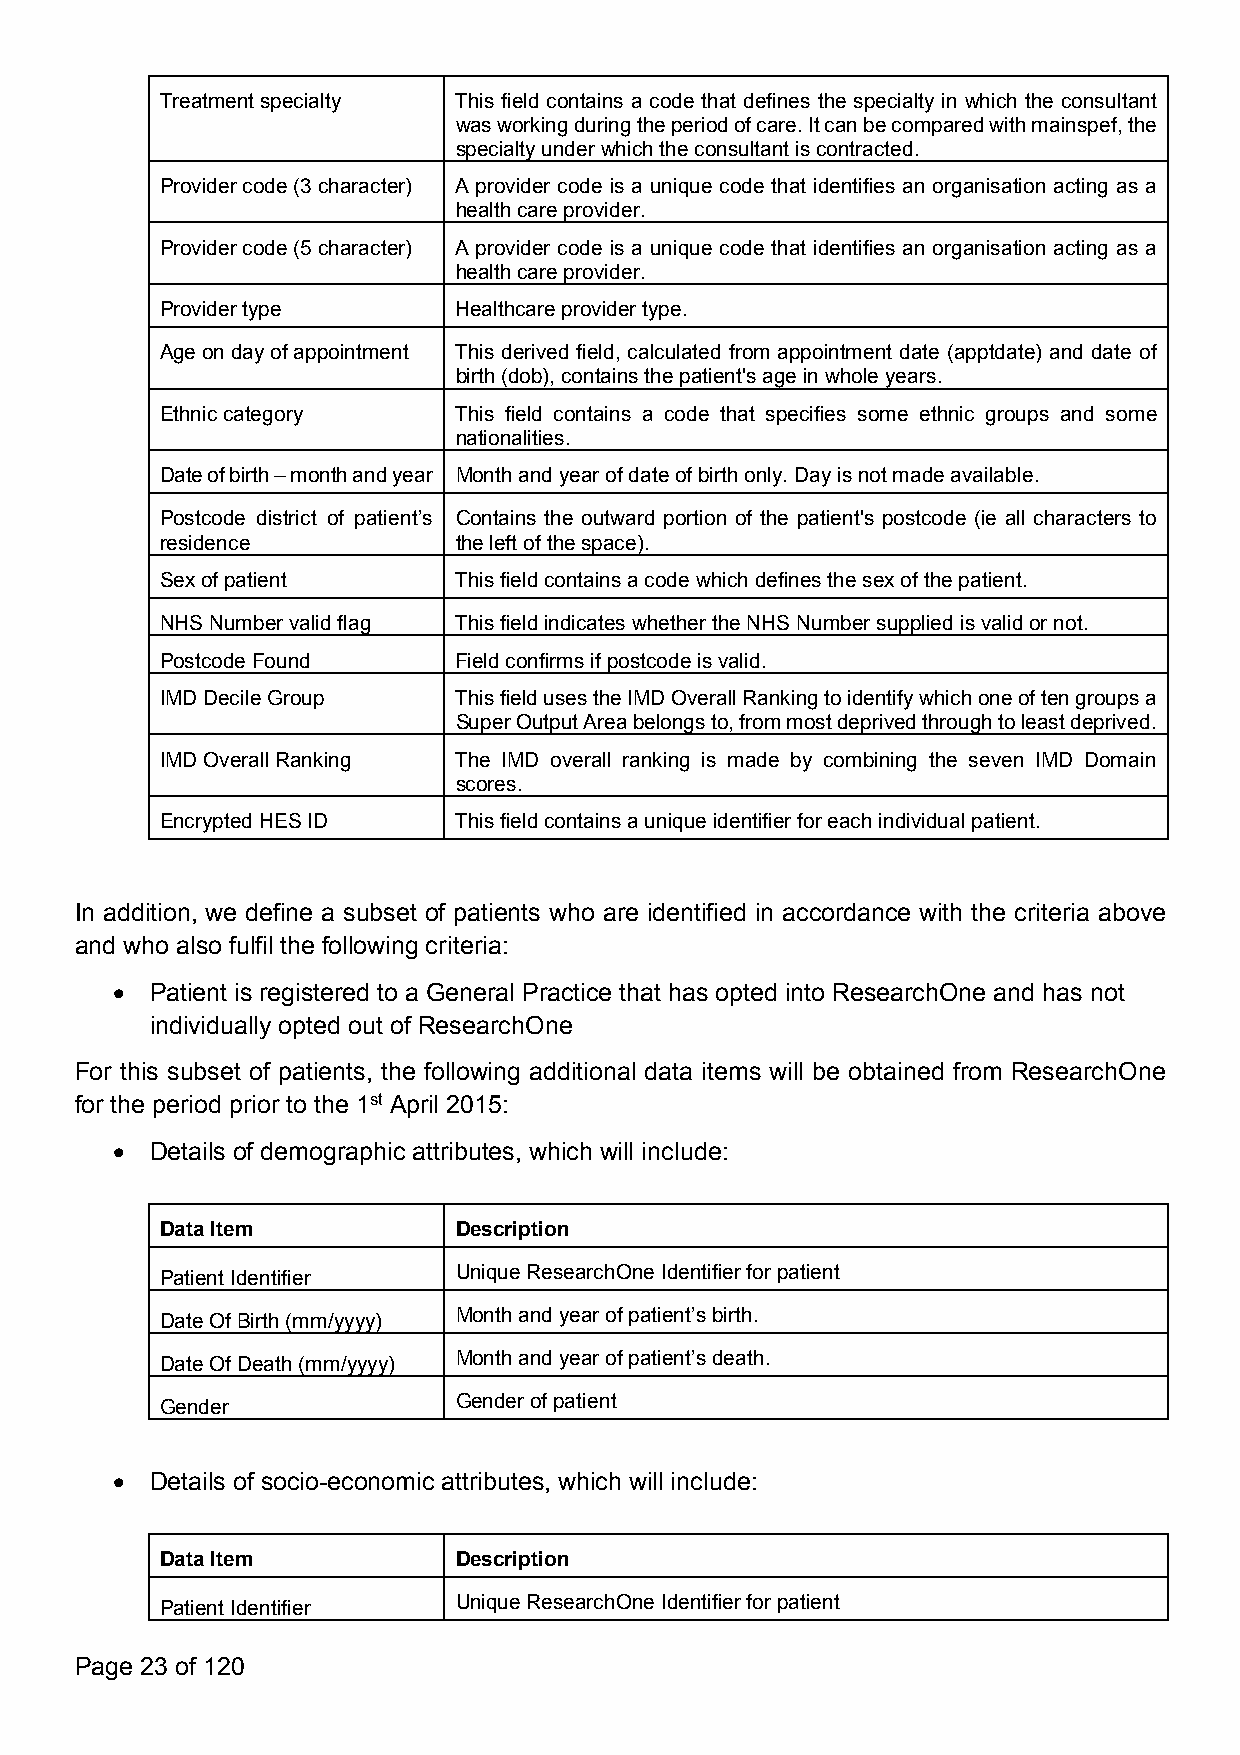
Treatmentspecialty This field contains a code that defines the specialty in which the consultant
 wasworkingduringtheperiodofcare.Itcanbecomparedwithmainspef,the
 specialtyunderwhichtheconsultantiscontracted.
 Providercode(3character) A provider code is a unique code that identifies an organisation acting as a
 healthcareprovider.
 Providercode(5character) A provider code is a unique code that identifies an organisation acting as a
 healthcareprovider.
 Providertype       Healthcareprovidertype.
 Ageondayofappointment This derived field, calculated from appointment date (apptdate) and date of
 birth(dob),containsthepatient'sageinwholeyears.
 Ethniccategory     This field contains a code that specifies some ethnic groups and some
 nationalities.
 Dateofbirth–monthandyear Monthandyearofdateofbirthonly.Dayisnotmadeavailable.
 Postcode district of patient’s Contains the outward portion of the patient's postcode (ie all characters to
 residence          theleftofthespace).
 Sexofpatient       Thisfieldcontainsacodewhichdefinesthesexofthepatient.
 NHSNumbervalidflag ThisfieldindicateswhethertheNHSNumbersuppliedisvalidornot.
 PostcodeFound      Fieldconfirmsifpostcodeisvalid.
 IMDDecileGroup     ThisfieldusestheIMDOverallRankingtoidentifywhichoneoftengroupsa
 SuperOutputAreabelongsto,frommostdeprivedthroughtoleastdeprived.
 IMDOverallRanking  The IMD overall ranking is made by combining the seven IMD Domain
 scores.
 EncryptedHESID     Thisfieldcontainsauniqueidentifierforeachindividualpatient.
 In addition, we define a subset of patients who are identified in accordance with the criteria above
 and who also fulfil the following criteria:
   Patient is registered to a General Practice that has opted into ResearchOne and has not
 individually opted out of ResearchOne
 For this subset of patients, the following additional data items will be obtained from ResearchOne
 for the period prior to the 1st April 2015:
   Details of demographic attributes, which will include:
 DataItem           Description
 PatientIdentifier  UniqueResearchOneIdentifierforpatient
 DateOfBirth(mm/yyyy) Monthandyearofpatient’sbirth.
 DateOfDeath(mm/yyyy) Monthandyearofpatient’sdeath.
 Gender             Genderofpatient
   Details of socio-economic attributes, which will include:
 DataItem           Description
 PatientIdentifier  UniqueResearchOneIdentifierforpatient
 Page 23 of 120